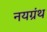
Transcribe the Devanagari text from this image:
नयग्रंथ